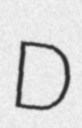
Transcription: D